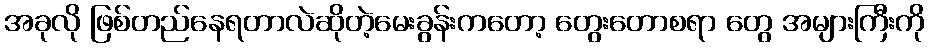
အခုလို ဖြစ်တည်နေရတာလဲဆိုတဲ့မေးခွန်းကတော့ တွေးတောစရာ တွေ အများကြီးကို